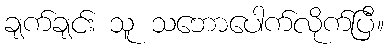
ချက်ချင်း သူ သဘောပေါက်လိုက်ပြီ။